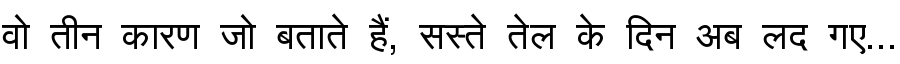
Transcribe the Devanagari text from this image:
वो तीन कारण जो बताते हैं, सस्ते तेल के दिन अब लद गए...